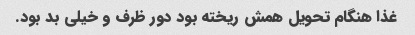
غذا هنگام تحویل همش ریخته بود دور ظرف و خیلی بد بود.